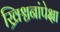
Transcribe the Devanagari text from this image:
ख्रिश्चनांपेक्षा